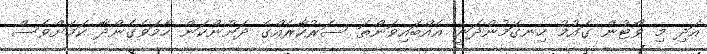
އަދި މި ވޯޓުން ގައުމު ހިނގަމުންދަނީ އެއްބައިވަންތަ ސަރުކާރެއްގެ ދަށުންކަން ހާމަވެގެންދާ ކަމަށްވެސް